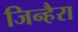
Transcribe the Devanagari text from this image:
जिन्हैरा